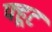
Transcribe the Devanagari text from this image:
फ्हूट